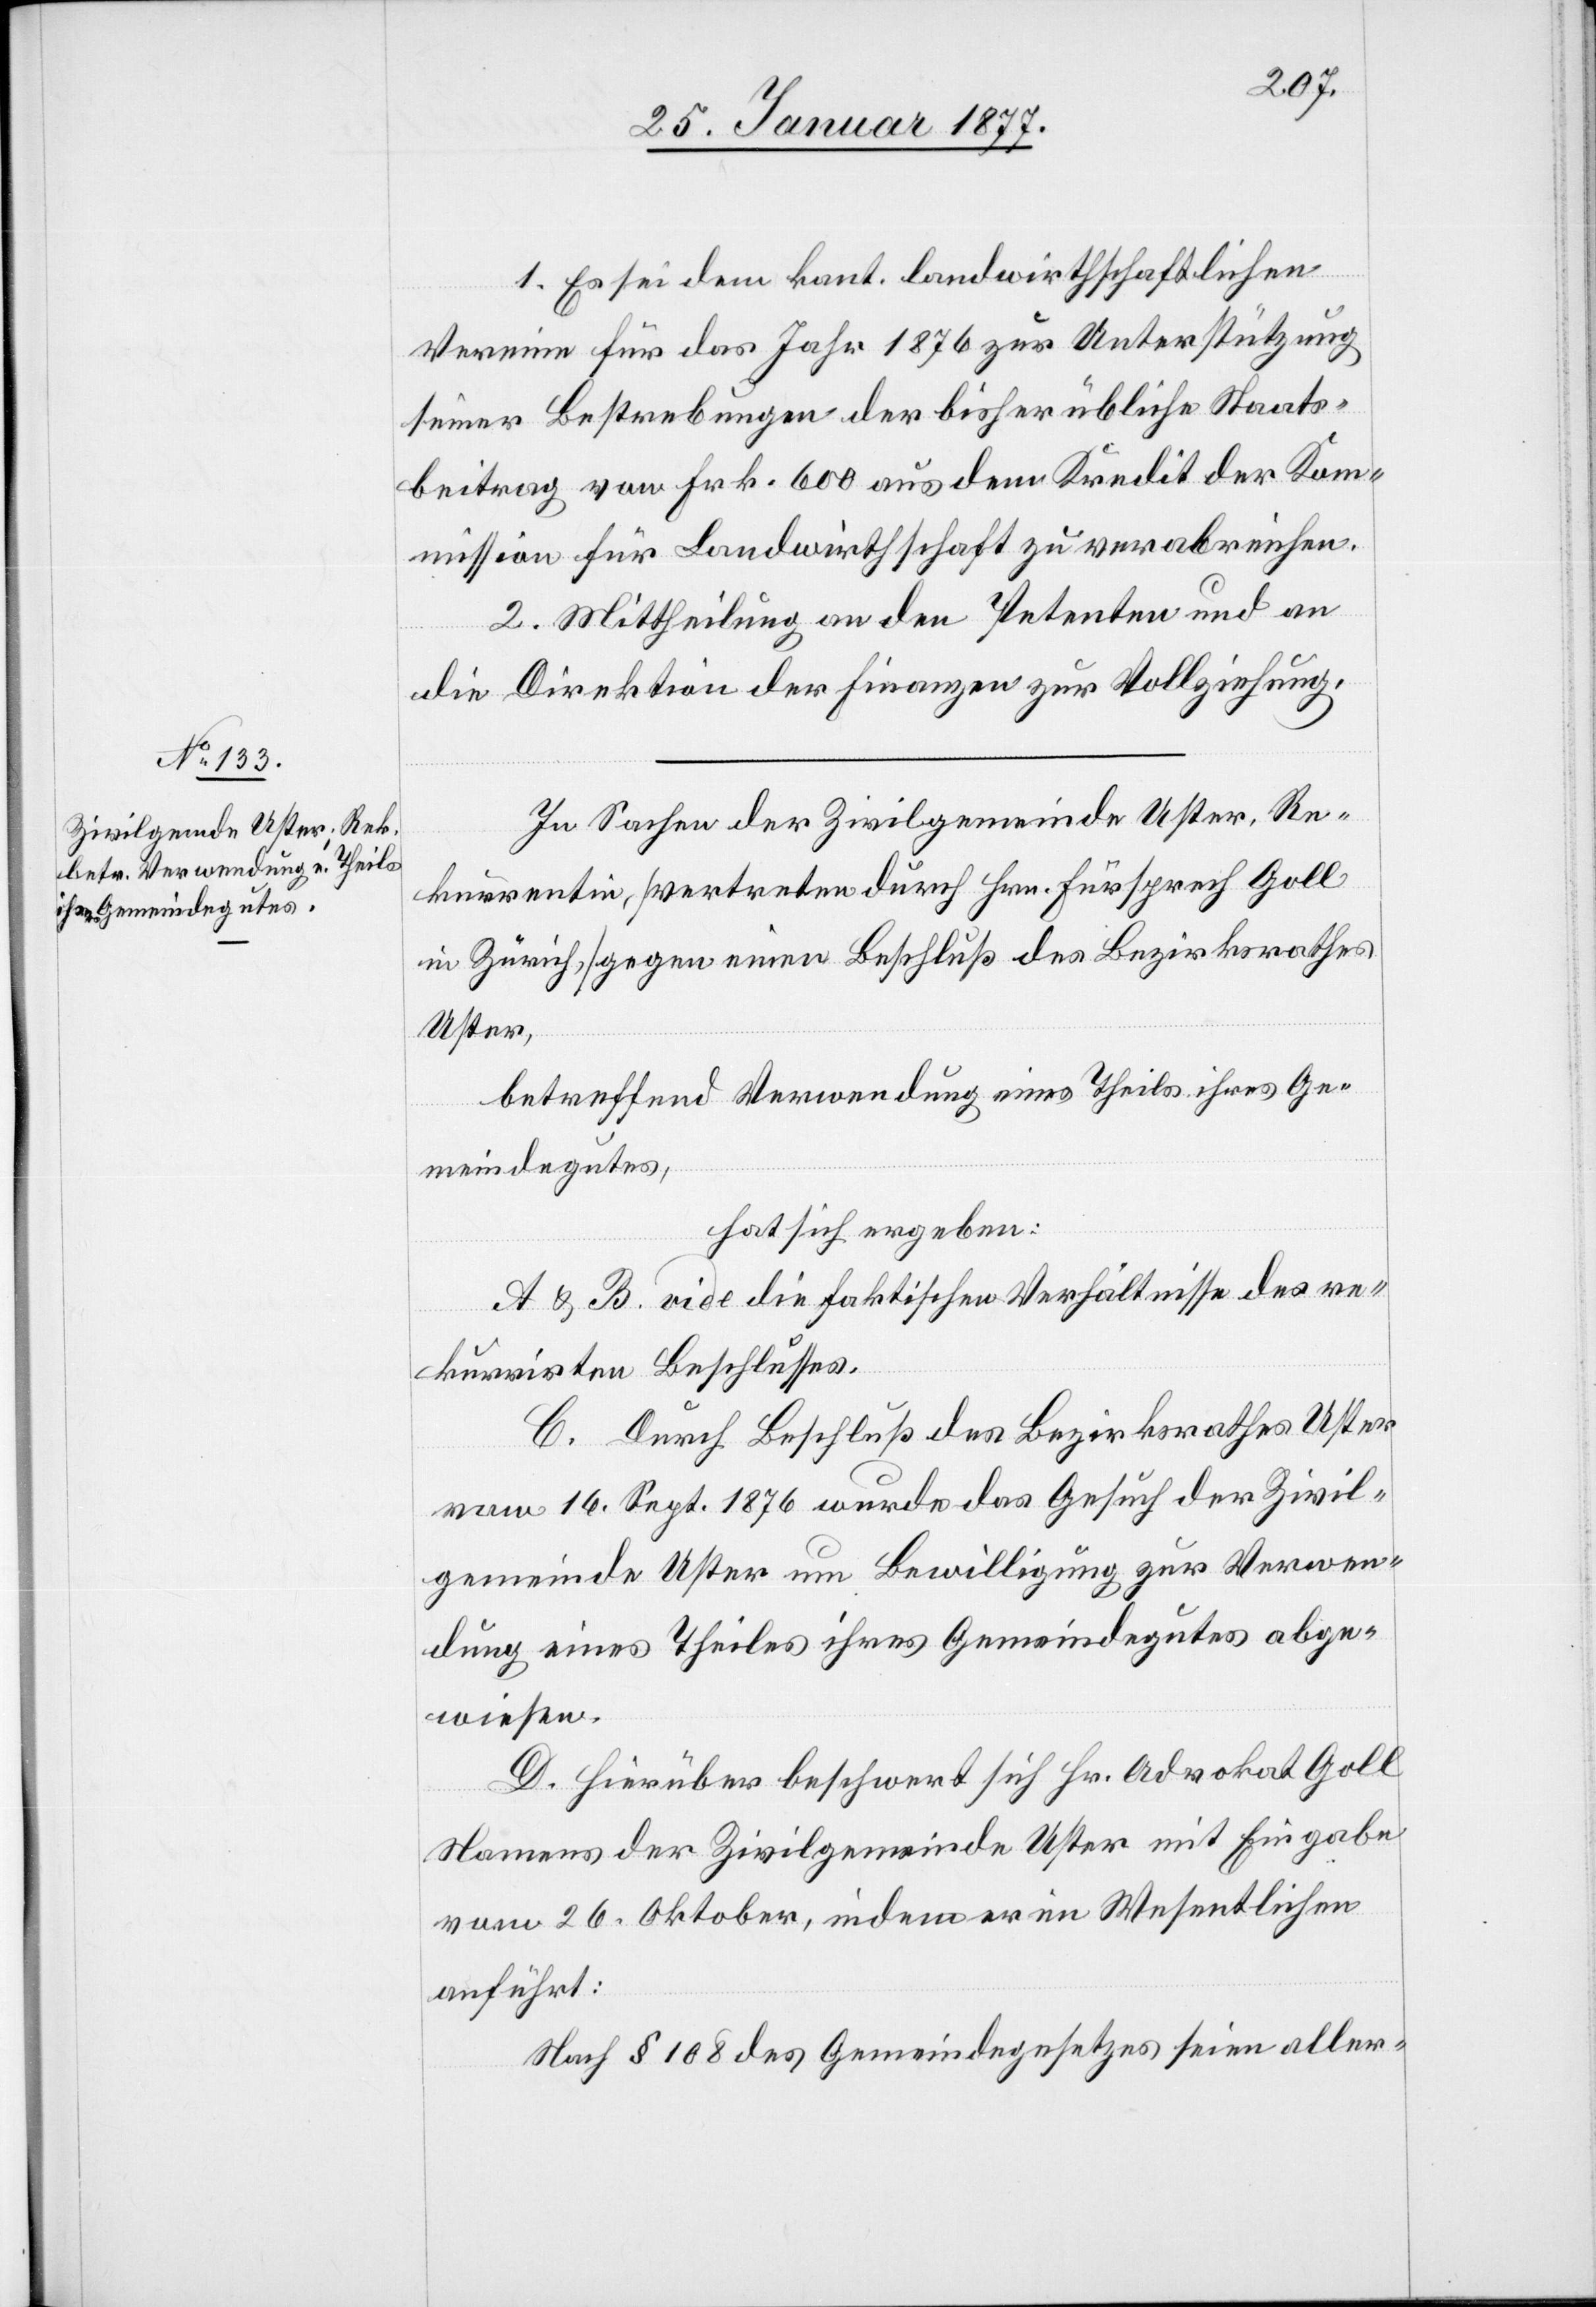
1. Es sei dem kant. landwirthschaftlichen
Verein für das Jahr 1876 zur Unterstützung
seiner Bestrebungen der bisher übliche Staats¬
beitrag von Frk. 600 aus dem Kredit der Kom¬
mission für Landwirthschaft zu verabreichen.
2. Mittheilung an den Petenten und an
die Direktion der Finanzen zur Vollziehung.
In Sachen der Zivilgemeinde Uster, Re¬
kurrentin, [vertreten durch Hrn. Fürsprech Goll
in Zürich,] gegen einen Beschluß des Bezirksrathes
Uster,
betreffend Verwendung eines Theils ihres Ge¬
meindegutes,
hat sich ergeben:
A & B. vide die faktischen Verhältnisse des re¬
kurrirten Beschlusses.
C. Durch Beschluß des Bezirksrathes Uster
vom 16. Sept. 1876 wurde das Gesuch der Zivil¬
gemeinde Uster um Bewilligung zur Verwen¬
dung eines Theiles ihres Gemeindegutes abge¬
wiesen.
D. Hierüber beschwert sich Hr. Advokat Goll
Namens der Zivilgemeinde Uster mit Eingabe
vom 26. Oktober, indem er im Wesentlichen
anführt:
Nach § 108 des Gemeindegesetzes seien aller-